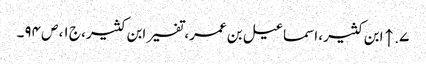
۷. ↑ ابن کثیر، اسماعیل بن عمر، تفسیر ابن کثیر، ج ۱، ص ۹۴۔